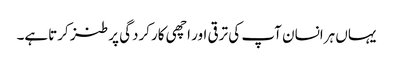
یہاں ہرانسان آپ کی ترقی اور اچھی کارکردگی پر طنز کرتاہے۔